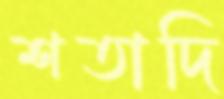
শতাদি